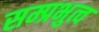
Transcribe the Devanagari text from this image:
सम्प्रभुत्व